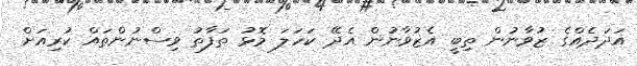
އަދަދެއްގެ ޒުވާނުން ތިބީ އެޒުވާނުން އެދޭ ކަހަލަ މޮޅު ތަފާތު ވިސްނުންތައް ކުރިއަށް